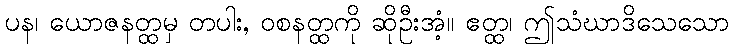
ပန၊ ယောဇနတ္ထမှ တပါး, ဝစနတ္ထကို ဆိုဦးအံ့။ ဧတ္ထ၊ ဤသံဃာဒိသေသော